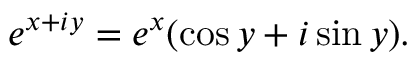
e ^ { x + i y } = e ^ { x } ( \cos y + i \sin y ) .